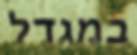
במגדל